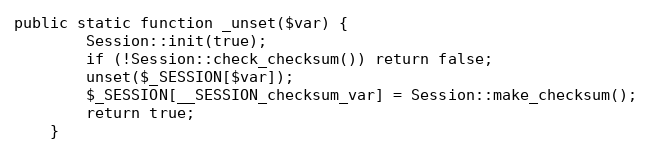
Language: PHP
public static function _unset($var) {
        Session::init(true);
        if (!Session::check_checksum()) return false;
        unset($_SESSION[$var]);
        $_SESSION[__SESSION_checksum_var] = Session::make_checksum();
        return true;
    }